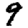
Digit: 9